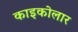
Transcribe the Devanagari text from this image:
काइकोलार